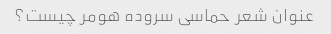
عنوان شعر حماسی سروده هومر چیست؟